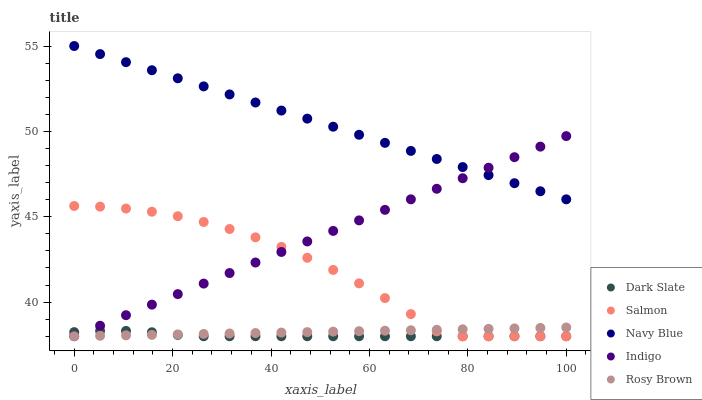
| xaxis_label | Dark Slate | Salmon | Navy Blue | Indigo | Rosy Brown |
 | --- | --- | --- | --- | --- | --- |
 | 0 | 38.2 | 45.6 | 55 | 38 | 38 |
 | 5.26 | 38.3 | 45.6 | 54.5 | 38.6 | 38 |
 | 10.5 | 38.3 | 45.5 | 54.1 | 39.2 | 38.1 |
 | 15.8 | 38.2 | 45.3 | 53.6 | 39.9 | 38.1 |
 | 21.1 | 38.1 | 45 | 53.1 | 40.5 | 38.1 |
 | 26.3 | 38 | 44.7 | 52.6 | 41.1 | 38.1 |
 | 31.6 | 38 | 44.3 | 52.2 | 41.7 | 38.2 |
 | 36.8 | 38 | 43.8 | 51.7 | 42.3 | 38.2 |
 | 42.1 | 38 | 43.2 | 51.2 | 42.9 | 38.2 |
 | 47.4 | 38 | 42.6 | 50.7 | 43.6 | 38.2 |
 | 52.6 | 38 | 41.9 | 50.3 | 44.2 | 38.3 |
 | 57.9 | 38 | 41.1 | 49.8 | 44.8 | 38.3 |
 | 63.2 | 38 | 40.2 | 49.3 | 45.4 | 38.3 |
 | 68.4 | 38 | 39.3 | 48.9 | 46 | 38.4 |
 | 73.7 | 38 | 38.3 | 48.4 | 46.6 | 38.4 |
 | 78.9 | 38 | 38 | 47.9 | 47.3 | 38.4 |
 | 84.2 | 38 | 38 | 47.4 | 47.9 | 38.4 |
 | 89.5 | 38 | 38 | 47 | 48.5 | 38.5 |
 | 94.7 | 38 | 38 | 46.5 | 49.1 | 38.5 |
 | 100 | 38 | 38 | 46 | 49.7 | 38.5 |